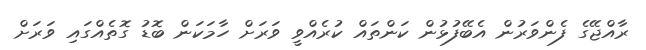
ރާއްޖޭގެ ފެންވަރުން އެބޭފުޅުން ކަންތައް ކުރެއްވީ ވަރަށް ހާމަކަން ބޮޑު ގޮތެއްގައި ވަރަށް